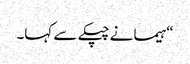
“ہیما نے چپکے سے کہا۔